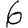
Digit: 6